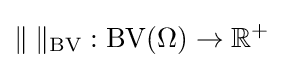
\|\;\|_{\operatorname {BV} }:\operatorname {\operatorname {BV} } (\Omega )\rightarrow \mathbb {R} ^{+}